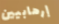
إرهابيين